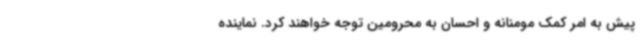
پیش به امر کمک مومنانه و احسان به محرومین توجه خواهند کرد. نماینده